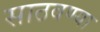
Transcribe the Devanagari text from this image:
साठवण्या